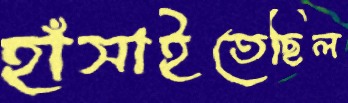
হাঁসাইতেছিল